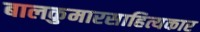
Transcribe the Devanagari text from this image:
बालकुमारसाहित्यकार